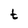
Character: t